Indian journal of veterinary science and animal husbandry - Volumes 22-23, 1952-1953
Year: 1952
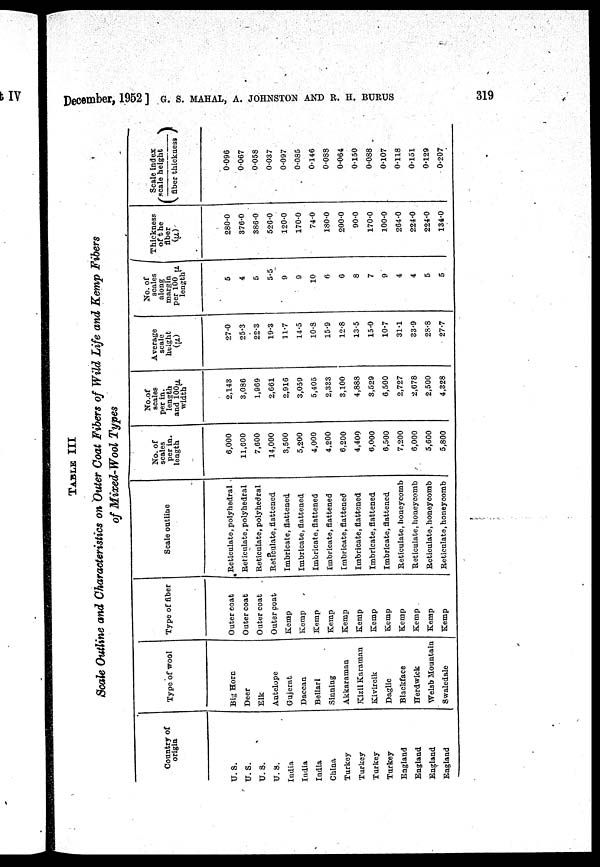
December, 1952 ] G. S. MAHAL, A. JOHNSTON AND R. H. BURUS 319
TABLE
III
Scale Outline and Characteristics on Outer Coat Fibers of Wild Life and Kemp Fibers
of Mixed-Wool Types
Country of
origin
U. S.
U. S.
U. S.
U. S.
India
India
India
China
Turkey
Turkey
Turkey
Turkey
England
England
England
England
Type of wool
Big Horn
Deer
Elk
Antelope
Gujerat
Daccan
Bellari
Sinning
Akkaraman
Kizil Karaman
Kivircik
Daglic
Blackface
Herdwick
Welsh Mountain
Swaledale
Type of fiber
Outer coat
Outer coat
Outer coat
Outer coat
Kemp
Kemp
Kemp
Kemp
Kemp
Kemp
Kemp
Kemp
Kemp
Kemp
Kemp
Kemp
Scale outline
Reticulate, polyhedral
Reticulate, polyhedral
Reticulate, polyhedral
Reticulate, flattened
Imbricate, flattened
Imbricate, flattened
Imbricate, flattened
Imbricate, flattened
Imbricate, flattened
Imbricate, flattened
Imbricate, flattened
Imbricate, flattened
Reticulate, honeycomb
Reticulate, honeycomb
Reticulate, honeycomb
Reticulate, honeycomb
No. of
scales
per in.
length
6,000
11,600
7,600
14,000
3,500
5,200
4,000
4,200
6,200
4,400
6,000
6,500
7,200
6,000
5,600
5,800
No.of
scales
per in.
length
and 100µ
width
2,143
3,086
1,969
2,661
2,916
3,059
5,405
2,333
3,100
4,888
3,529
6,500
2,727
2,678
2,500
4,328
Average
scale
height
(µ)
27.0
25.3
22.3
19.3
11.7
14.5
10.8
15.9
12.8
13.5
15.0
10.7
31.1
33.9
28.8
27.7
No. of
scales
along
margin
per 100µ
length
5
4
5
5.5
9
9
10
6
6
8
7
9
4
4
5
5
Thickness
of the
fiber
(µ)
280.0
376.0
386.0
526.0
120.0
170.0
74.0
180.0
200.0
90.0
170.0
100.0
264.0
224.0
224.0
134.0
Scale index
(scale
height/
fiber thickness)
0.096
0.067
0.058
0.037
0.097
0.085
0.146
0.088
0.064
0.150
0.088
0.107
0.118
0.151
0.129
0.207